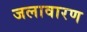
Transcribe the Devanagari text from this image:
जलावारण